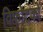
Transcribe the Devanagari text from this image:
विफोटकों